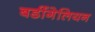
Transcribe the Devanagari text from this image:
बर्डीगेलियन